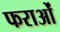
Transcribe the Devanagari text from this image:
फराओं